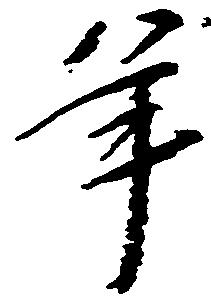
年